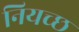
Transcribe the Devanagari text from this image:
नियच्छ